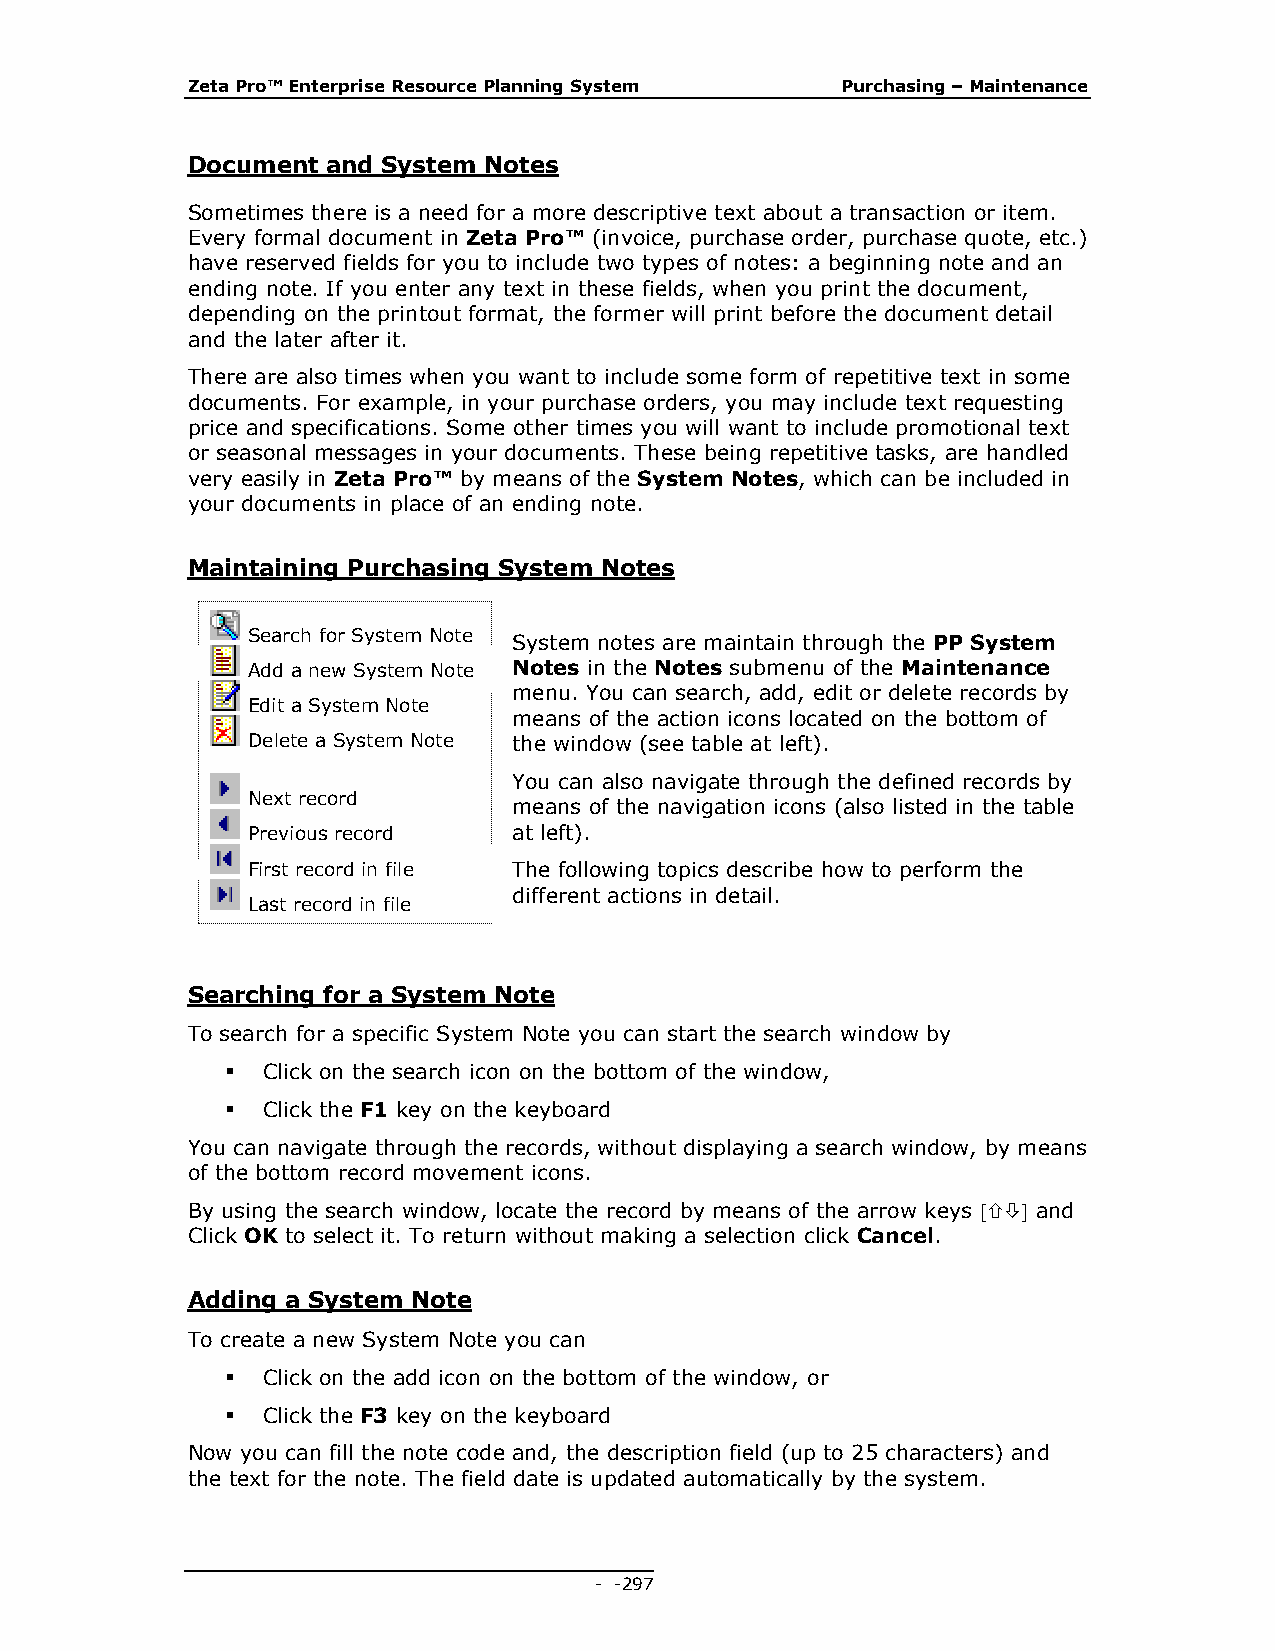
Zeta Pro™ Enterprise Resource Planning System Purchasing – Maintenance
 Document  and System Notes
 Sometimes there is a need for a more descriptive text about a transaction or item.
 Every formal document in Zeta Pro™ (invoice, purchase order, purchase quote, etc.)
 have reserved fields for you to include two types of notes: a beginning note and an
 ending note. If you enter any text in these fields, when you print the document,
 depending on the printout format, the former will print before the document detail
 and the later after it.
 There are also times when you want to include some form of repetitive text in some
 documents. For example, in your purchase orders, you may include text requesting
 price and specifications. Some other times you will want to include promotional text
 or seasonal messages in your documents. These being repetitive tasks, are handled
 very easily in Zeta Pro™ by means of the System Notes, which can be included in
 your documents in place of an ending note.
 Maintaining Purchasing System Notes
 Search for System Note
 System notes are maintain through the PP System
 Add a new System Note Notes in the Notes submenu of the Maintenance
 menu. You can search, add, edit or delete records by
 Edit a System Note
 means of the action icons located on the bottom of
 Delete a System Note the window (see table at left).
 You can also navigate through the defined records by
 Next record
 means of the navigation icons (also listed in the table
 Previous record   at left).
 First record in file The following topics describe how to perform the
 different actions in detail.
 Last record in file
 Searching for a System Note
 To search for a specific System Note you can start the search window by
  Click on the search icon on the bottom of the window,
  Click the F1 key on the keyboard
 You can navigate through the records, without displaying a search window, by means
 of the bottom record movement icons.
 By using the search window, locate the record by means of the arrow keys  and
 Click OK to select it. To return without making a selection click Cancel.
 Adding a System Note
 To create a new System Note you can
  Click on the add icon on the bottom of the window, or
  Click the F3 key on the keyboard
 Now you can fill the note code and, the description field (up to 25 characters) and
 the text for the note. The field date is updated automatically by the system.
 - - 297